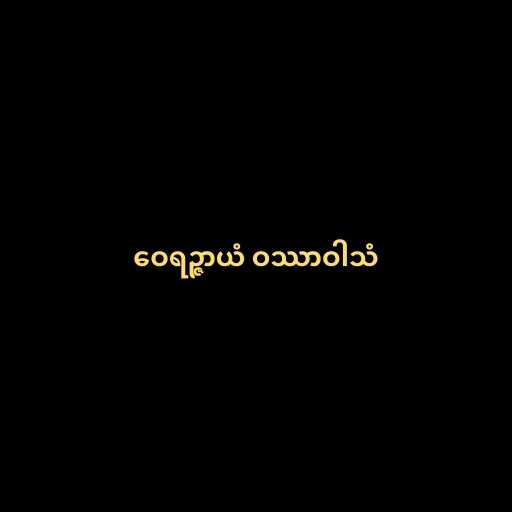
ဝေရဉ္ဇာယံ ဝဿာဝါသံ